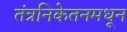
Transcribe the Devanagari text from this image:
तंत्रनिकेतनमधून